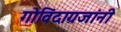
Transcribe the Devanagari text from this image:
गोविंदाग्रजांनी